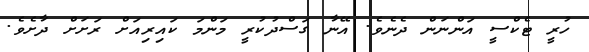
ހުރީ ޓެކްސީ އަންނަން ދެނެވެ. އޭނާ ގަސްދުކުރީ މަންމަ ކައިރިއަށް ރަށަށް ދާށެވެ.